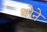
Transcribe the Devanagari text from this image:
थोने